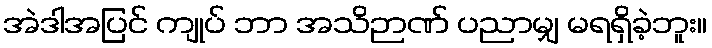
အဲဒါအပြင် ကျုပ် ဘာ အသိဉာဏ် ပညာမျှ မရရှိခဲ့ဘူး။